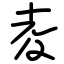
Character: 夌